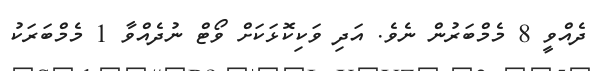
ދެއްވީ 8 މެމްބަރުން ނެވެ. އަދި ވަކިކޮޅަކަށް ވޯޓް ނުދެއްވާ 1 މެމްބަރަކު